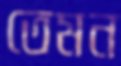
তেমন